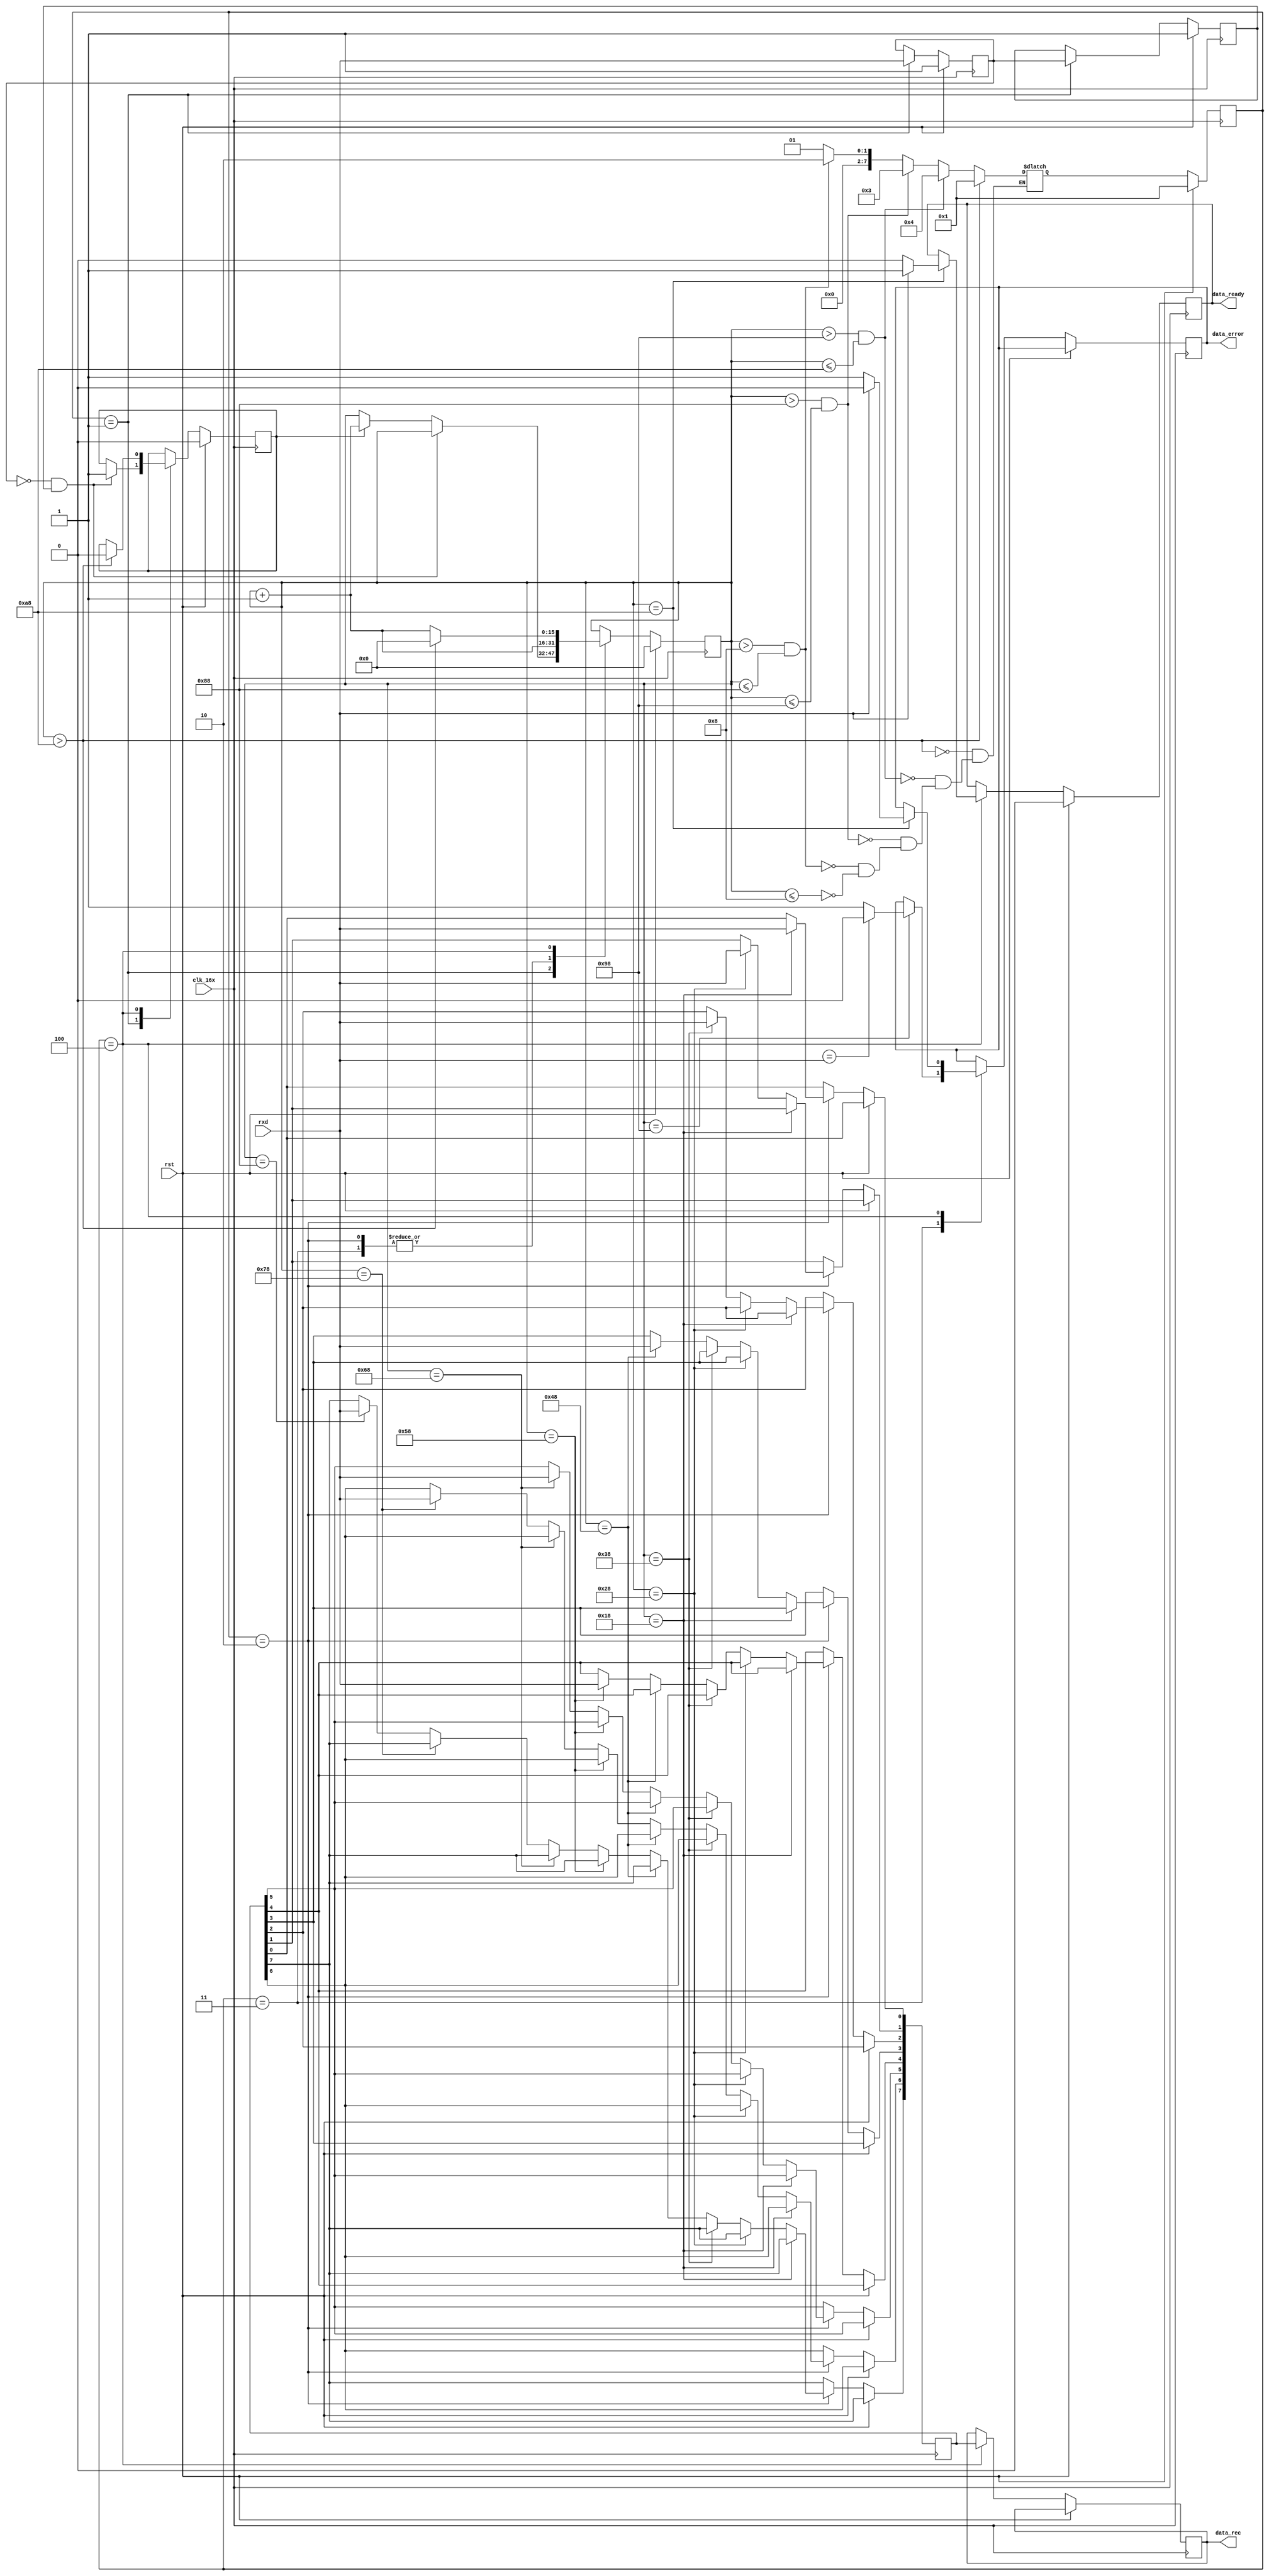
`timescale 1ns / 1ps
//
// Design Name: 
// Module Name: uart_rx
// Revision 0.01 - File Created
// Additional Comments:
// 
//


module uart_rx(clk_16x,rst,rxd,data_rec,data_ready,data_error);//
input clk_16x;//16
input rst;//
input rxd;//
output reg data_ready = 0;//data_ready=18
output reg data_error = 0;//
output[7:0] data_rec;

reg framing_error;
reg[7:0] data_out,data_out1;
reg rxd_buf;
reg[15:0] clk_16x_cnt = 0;
reg rxd1 = 1,rxd2 = 1;
reg start_flag = 0;

parameter width=8;
parameter idle=1,one=2,two=3,stop=4;//4

reg[width-1:0] present_state = idle;
reg[width-1:0] next_state = idle;//

assign data_rec=data_out1;

//
always@ (posedge clk_16x)
begin
    if(rst)
        present_state<=idle;
     else
        present_state<=next_state;
end

always@(clk_16x_cnt)//
begin
    if(clk_16x_cnt<='d8)//
        next_state=idle;
    if(clk_16x_cnt>'d8 && clk_16x_cnt <= 'd136)//8
        next_state=one;
    if(clk_16x_cnt>'d136 && clk_16x_cnt <= 'd152)//
        next_state=two;
    if(clk_16x_cnt>'d152 && clk_16x_cnt <= 'd168)//
        next_state=stop;
    if(clk_16x_cnt > 'd168)
        next_state=idle;
end
always@(posedge clk_16x)//
begin
    if(rst)
    begin
        rxd1<=1'd1;
        rxd2<=1'd1;
        data_ready<='d0;
        clk_16x_cnt<='d0;
        start_flag<=0;
    end
    else begin
        case(present_state)
        idle: begin //
              rxd1<=rxd;
              rxd2<=rxd1;
              if((~rxd1)&&rxd2)//rxd
                    start_flag<='d1;//rxd1=0,rxd2=1
              else if(start_flag==1)
                clk_16x_cnt<=clk_16x_cnt+'d1;
            end
         one: begin //8
                clk_16x_cnt<=clk_16x_cnt + 'd1;
                if(clk_16x_cnt=='d24)data_out[0]<=rxd;
                else if(clk_16x_cnt=='d40)data_out[1]<=rxd;
                else if(clk_16x_cnt=='d56)data_out[2]<=rxd;
                else if(clk_16x_cnt=='d72)data_out[3]<=rxd;
                else if(clk_16x_cnt=='d88)data_out[4]<=rxd;
                else if(clk_16x_cnt=='d104)data_out[5]<=rxd;
                else if(clk_16x_cnt=='d120)data_out[6]<=rxd;
                else if(clk_16x_cnt=='d136)data_out[7]<=rxd;
            end
         two: begin//
                if(clk_16x_cnt=='d152)
                begin
                    if(rxd_buf==rxd) data_error<=1'd0;//
                    else data_error<=1'd1;//
                end
                clk_16x_cnt <= clk_16x_cnt+'d1;
            end
         stop: begin //
                if(clk_16x_cnt=='d168)
                begin
                    if(1'd1==rxd)
                    begin
                        data_error<=1'd0;//
                        data_ready<='d1;
                    end
                    else begin
                        data_error<=1'd1;//
                        data_ready<='d0;
                    end
                end
                data_out1<=data_out;
                if(clk_16x_cnt>168)
                begin
                    clk_16x_cnt <= 0;
                    start_flag <= 0;
                end
                else
                    clk_16x_cnt <= clk_16x_cnt + 'd1;
            end
         endcase
    end
end
endmodule